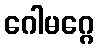
ဂေါမဂ္ဂေ